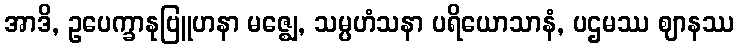
အာဒိ, ဥပေက္ခာနုဗြူဟနာ မဇ္ဈေ, သမ္ပဟံသနာ ပရိယောသာနံ, ပဌမဿ ဈာနဿ